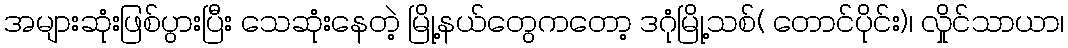
အများဆုံးဖြစ်ပွားပြီး သေဆုံးနေတဲ့ မြို့နယ်တွေကတော့ ဒဂုံမြို့သစ်( တောင်ပိုင်း)၊ လှိုင်သာယာ၊